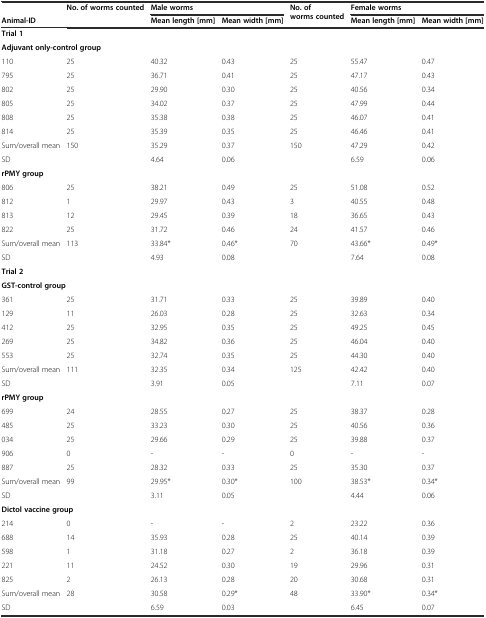
<table><thead><tr><td></td><td><b>No. of worms counted</b></td><td colspan="2"><b>Male worms</b></td><td rowspan="2"><b>No. of worms counted</b></td><td colspan="2"><b>Female worms</b></td></tr><tr><td><b>Animal-ID</b></td><td></td><td><b>Mean length [mm]</b></td><td><b>Mean width [mm]</b></td><td><b>Mean length [mm]</b></td><td><b>Mean width [mm]</b></td></tr></thead><tbody><tr><td colspan="7"><b>Trial 1</b></td></tr><tr><td colspan="7"><b>Adjuvant only-control group</b></td></tr><tr><td>110</td><td>25</td><td>40.32</td><td>0.43</td><td>25</td><td>55.47</td><td>0.47</td></tr><tr><td>795</td><td>25</td><td>36.71</td><td>0.41</td><td>25</td><td>47.17</td><td>0.43</td></tr><tr><td>802</td><td>25</td><td>29.90</td><td>0.30</td><td>25</td><td>40.56</td><td>0.34</td></tr><tr><td>805</td><td>25</td><td>34.02</td><td>0.37</td><td>25</td><td>47.99</td><td>0.44</td></tr><tr><td>808</td><td>25</td><td>35.38</td><td>0.38</td><td>25</td><td>46.07</td><td>0.41</td></tr><tr><td>814</td><td>25</td><td>35.39</td><td>0.35</td><td>25</td><td>46.46</td><td>0.41</td></tr><tr><td>Sum/overall mean</td><td>150</td><td>35.29</td><td>0.37</td><td>150</td><td>47.29</td><td>0.42</td></tr><tr><td>SD</td><td></td><td>4.64</td><td>0.06</td><td></td><td>6.59</td><td>0.06</td></tr><tr><td colspan="7"><b>rPMY group</b></td></tr><tr><td>806</td><td>25</td><td>38.21</td><td>0.49</td><td>25</td><td>51.08</td><td>0.52</td></tr><tr><td>812</td><td>1</td><td>29.97</td><td>0.43</td><td>3</td><td>40.55</td><td>0.48</td></tr><tr><td>813</td><td>12</td><td>29.45</td><td>0.39</td><td>18</td><td>36.65</td><td>0.43</td></tr><tr><td>822</td><td>25</td><td>31.72</td><td>0.46</td><td>24</td><td>41.57</td><td>0.46</td></tr><tr><td>Sum/overall mean</td><td>113</td><td>33.84*</td><td>0.46*</td><td>70</td><td>43.66*</td><td>0.49*</td></tr><tr><td>SD</td><td></td><td>4.93</td><td>0.08</td><td></td><td>7.64</td><td>0.08</td></tr><tr><td colspan="7"><b>Trial 2</b></td></tr><tr><td colspan="7"><b>GST-control group</b></td></tr><tr><td>361</td><td>25</td><td>31.71</td><td>0.33</td><td>25</td><td>39.89</td><td>0.40</td></tr><tr><td>129</td><td>11</td><td>26.03</td><td>0.28</td><td>25</td><td>32.63</td><td>0.34</td></tr><tr><td>412</td><td>25</td><td>32.95</td><td>0.35</td><td>25</td><td>49.25</td><td>0.45</td></tr><tr><td>269</td><td>25</td><td>34.82</td><td>0.36</td><td>25</td><td>46.04</td><td>0.40</td></tr><tr><td>553</td><td>25</td><td>32.74</td><td>0.35</td><td>25</td><td>44.30</td><td>0.40</td></tr><tr><td>Sum/overall mean</td><td>111</td><td>32.35</td><td>0.34</td><td>125</td><td>42.42</td><td>0.40</td></tr><tr><td>SD</td><td></td><td>3.91</td><td>0.05</td><td></td><td>7.11</td><td>0.07</td></tr><tr><td colspan="7"><b>rPMY group</b></td></tr><tr><td>699</td><td>24</td><td>28.55</td><td>0.27</td><td>25</td><td>38.37</td><td>0.28</td></tr><tr><td>485</td><td>25</td><td>33.23</td><td>0.30</td><td>25</td><td>40.56</td><td>0.36</td></tr><tr><td>034</td><td>25</td><td>29.66</td><td>0.29</td><td>25</td><td>39.88</td><td>0.37</td></tr><tr><td>906</td><td>0</td><td>-</td><td>-</td><td>0</td><td>-</td><td>-</td></tr><tr><td>887</td><td>25</td><td>28.32</td><td>0.33</td><td>25</td><td>35.30</td><td>0.37</td></tr><tr><td>Sum/overall mean</td><td>99</td><td>29.95*</td><td>0.30*</td><td>100</td><td>38.53*</td><td>0.34*</td></tr><tr><td>SD</td><td></td><td>3.11</td><td>0.05</td><td></td><td>4.44</td><td>0.06</td></tr><tr><td colspan="7"><b>Dictol vaccine group</b></td></tr><tr><td>214</td><td>0</td><td>-</td><td>-</td><td>2</td><td>23.22</td><td>0.36</td></tr><tr><td>688</td><td>14</td><td>35.93</td><td>0.28</td><td>25</td><td>40.14</td><td>0.39</td></tr><tr><td>598</td><td>1</td><td>31.18</td><td>0.27</td><td>2</td><td>36.18</td><td>0.39</td></tr><tr><td>221</td><td>11</td><td>24.52</td><td>0.30</td><td>19</td><td>29.96</td><td>0.31</td></tr><tr><td>825</td><td>2</td><td>26.13</td><td>0.28</td><td>20</td><td>30.68</td><td>0.31</td></tr><tr><td>Sum/overall mean</td><td>28</td><td>30.58</td><td>0.29*</td><td>48</td><td>33.90*</td><td>0.34*</td></tr><tr><td>SD</td><td></td><td>6.59</td><td>0.03</td><td></td><td>6.45</td><td>0.07</td></tr></tbody></table>